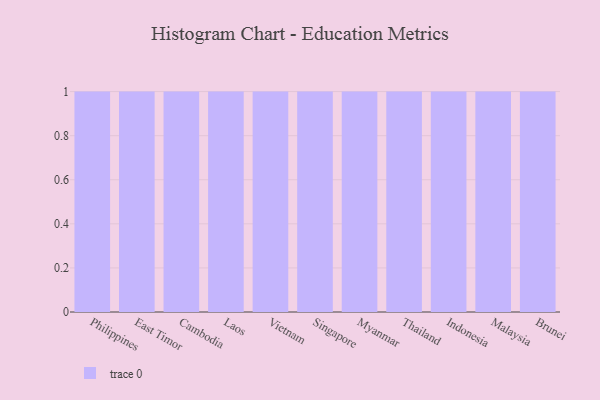
{"axis": {"x": "Country", "y": "Active Users"}, "legend": [""], "data": [{"x": "Philippines", "y": 61, "type": ""}, {"x": "East Timor", "y": 66, "type": ""}, {"x": "Cambodia", "y": 93, "type": ""}, {"x": "Laos", "y": 43, "type": ""}, {"x": "Vietnam", "y": 54, "type": ""}, {"x": "Singapore", "y": 87, "type": ""}, {"x": "Myanmar", "y": 65, "type": ""}, {"x": "Thailand", "y": 34, "type": ""}, {"x": "Indonesia", "y": 7, "type": ""}, {"x": "Malaysia", "y": 38, "type": ""}, {"x": "Brunei", "y": 76, "type": ""}]}